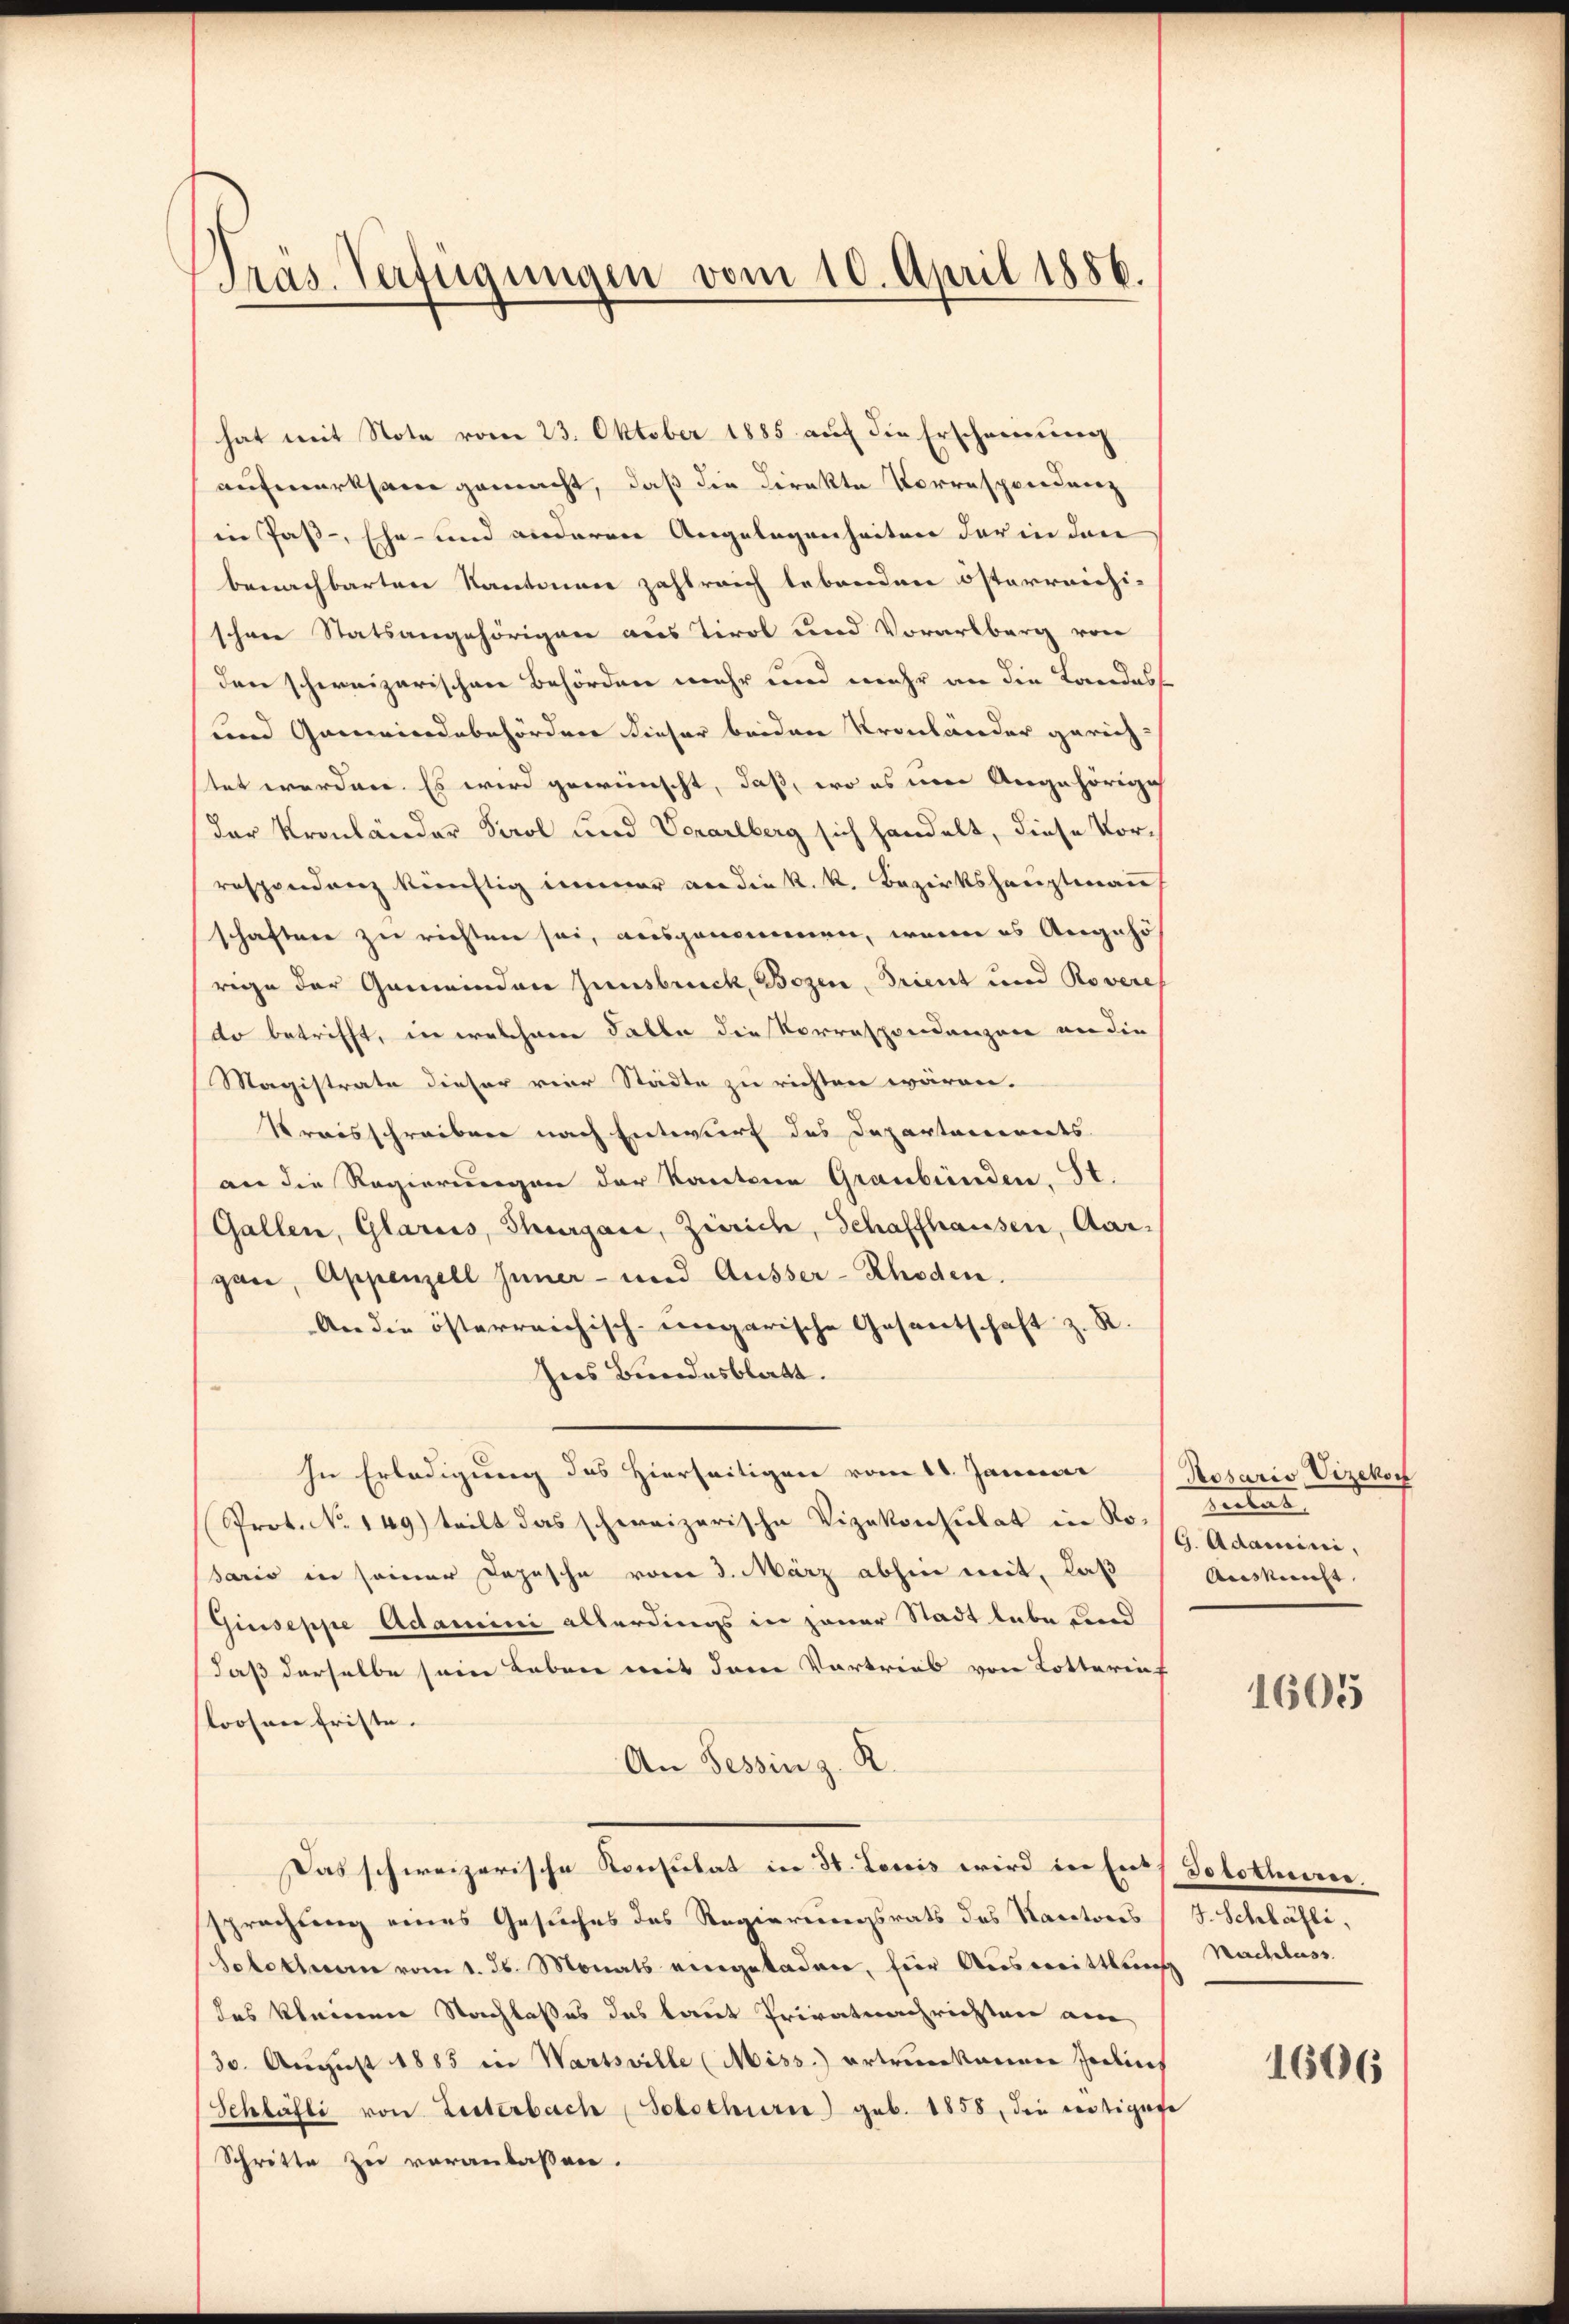
Tras. Verfügungen vom 10. April 1856.

hat mit Note vom 23. Oktober 1885 auf die Erscheinung
aufmerksam gemacht, daß die Direkte Vorrespendanz
in Jas-, Ehe- und anderen Angelegenheiten der in den
benachbarten Kantonen zahlreich lebenden österreichi-
schene Statsangehörigen aus Tirol und Vorarlberg von
den schweizerischen Behörden mehr und mehr an die Landess
und Gemeindebehördere dieser beiden Kronländer gerich-
stet werden. Es wird gewünscht, daß, wo es mir Angehörige
der Kronländer Sarol und Vorarlberg sich handelt, diese Vorrespondenz künftig immer an die k. k. Bezirkshauptmann
schaften zu richten sei, ausgenommen, wenn es Angehö
rige der Gemeinden Zinsbruck, Bozen, Trient und Rovere
do betrifft, in welchem Falle die Vorrespondenzen an die
Magistrate dieser vier Städte zu richten wären.
Kraisschreiben nach Entwurf des Departanereits
an die Regierungen der Kantone Graubünden. St.
Gallen, Glarus, Thurgau, Zürich, Schaffhausen, Aargan, Appenzell Inner- und Äusser-Rhoden.
An die österreichisch-ungarische Gesentschaft z. R.
Ines Bundesblatt.
In Erledigung des Hierseitigen vom 11. Januar
Prot. No. 149.) teilt das schweizerische Vizekonsulat in No 16. Adamini,
sario in seiner Depesche vom 3. März abhin mit, laß
Giuseppe Adamini allerdings in jener Stadt lebe und
daß derselbe sein Leben mit dem Vortrieb von Lotterinf
loosen Friste.
An Tessin z. R.
Das schweizerische Konsulat in 30. Louis wird in Ents Solothurer.
sprechung eines Gesuches des Regierungsrats des Kantons (J. Schläsli,
Solothurn vom 1. ds. Monats eingeladen, für Ausmittlung Nachlass
das kleinen Nachlasses des laut Privatnachrichten am
30. August 1885 in Wartsville (Miss.) ertreikanen Jarlins
Schläfli von Leiterbach (Solothurer) geb. 1858, die vertigege
Schritte zu veranlassen.

Rosario Vizekon
Retent
Auskunft

1605

1606